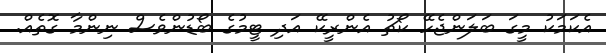
އެކަމަކު މީގަ ބަލަންޖެހޭ ކޯޗު އެންރީކޭ އަދި ޓީމުގެ ބޯޑުންވެސް ނިންމާ ގޮތެއް.